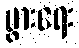
ပွားရေး